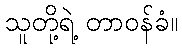
သူတို့ရဲ့ တာဝန်ခံ။